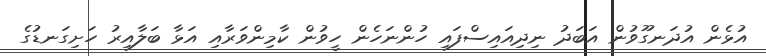
އުޅެން އުދަނގޫވުން އަބަދު ނިދިއައިސްފައި ހުންނަހެން ހީވުން ކާމިންވަރާއި އަޅާ ބަލާއިރު ހަށިގަނޑުގެ